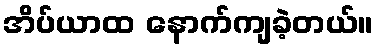
အိပ်ယာထ နောက်ကျခဲ့တယ်။